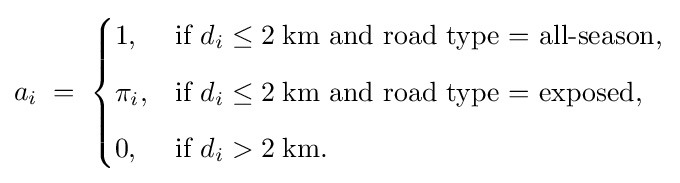
a_{i}\;=\;{\begin{cases}1,&{\text{if }}d_{i}\leq 2\;{\text{km and road type = all-season}},\\[6pt]\pi _{i},&{\text{if }}d_{i}\leq 2\;{\text{km and road type = exposed}},\\[6pt]0,&{\text{if }}d_{i}>2\;{\text{km}}.\end{cases}}